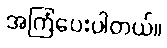
အကြံပေးပါတယ်။